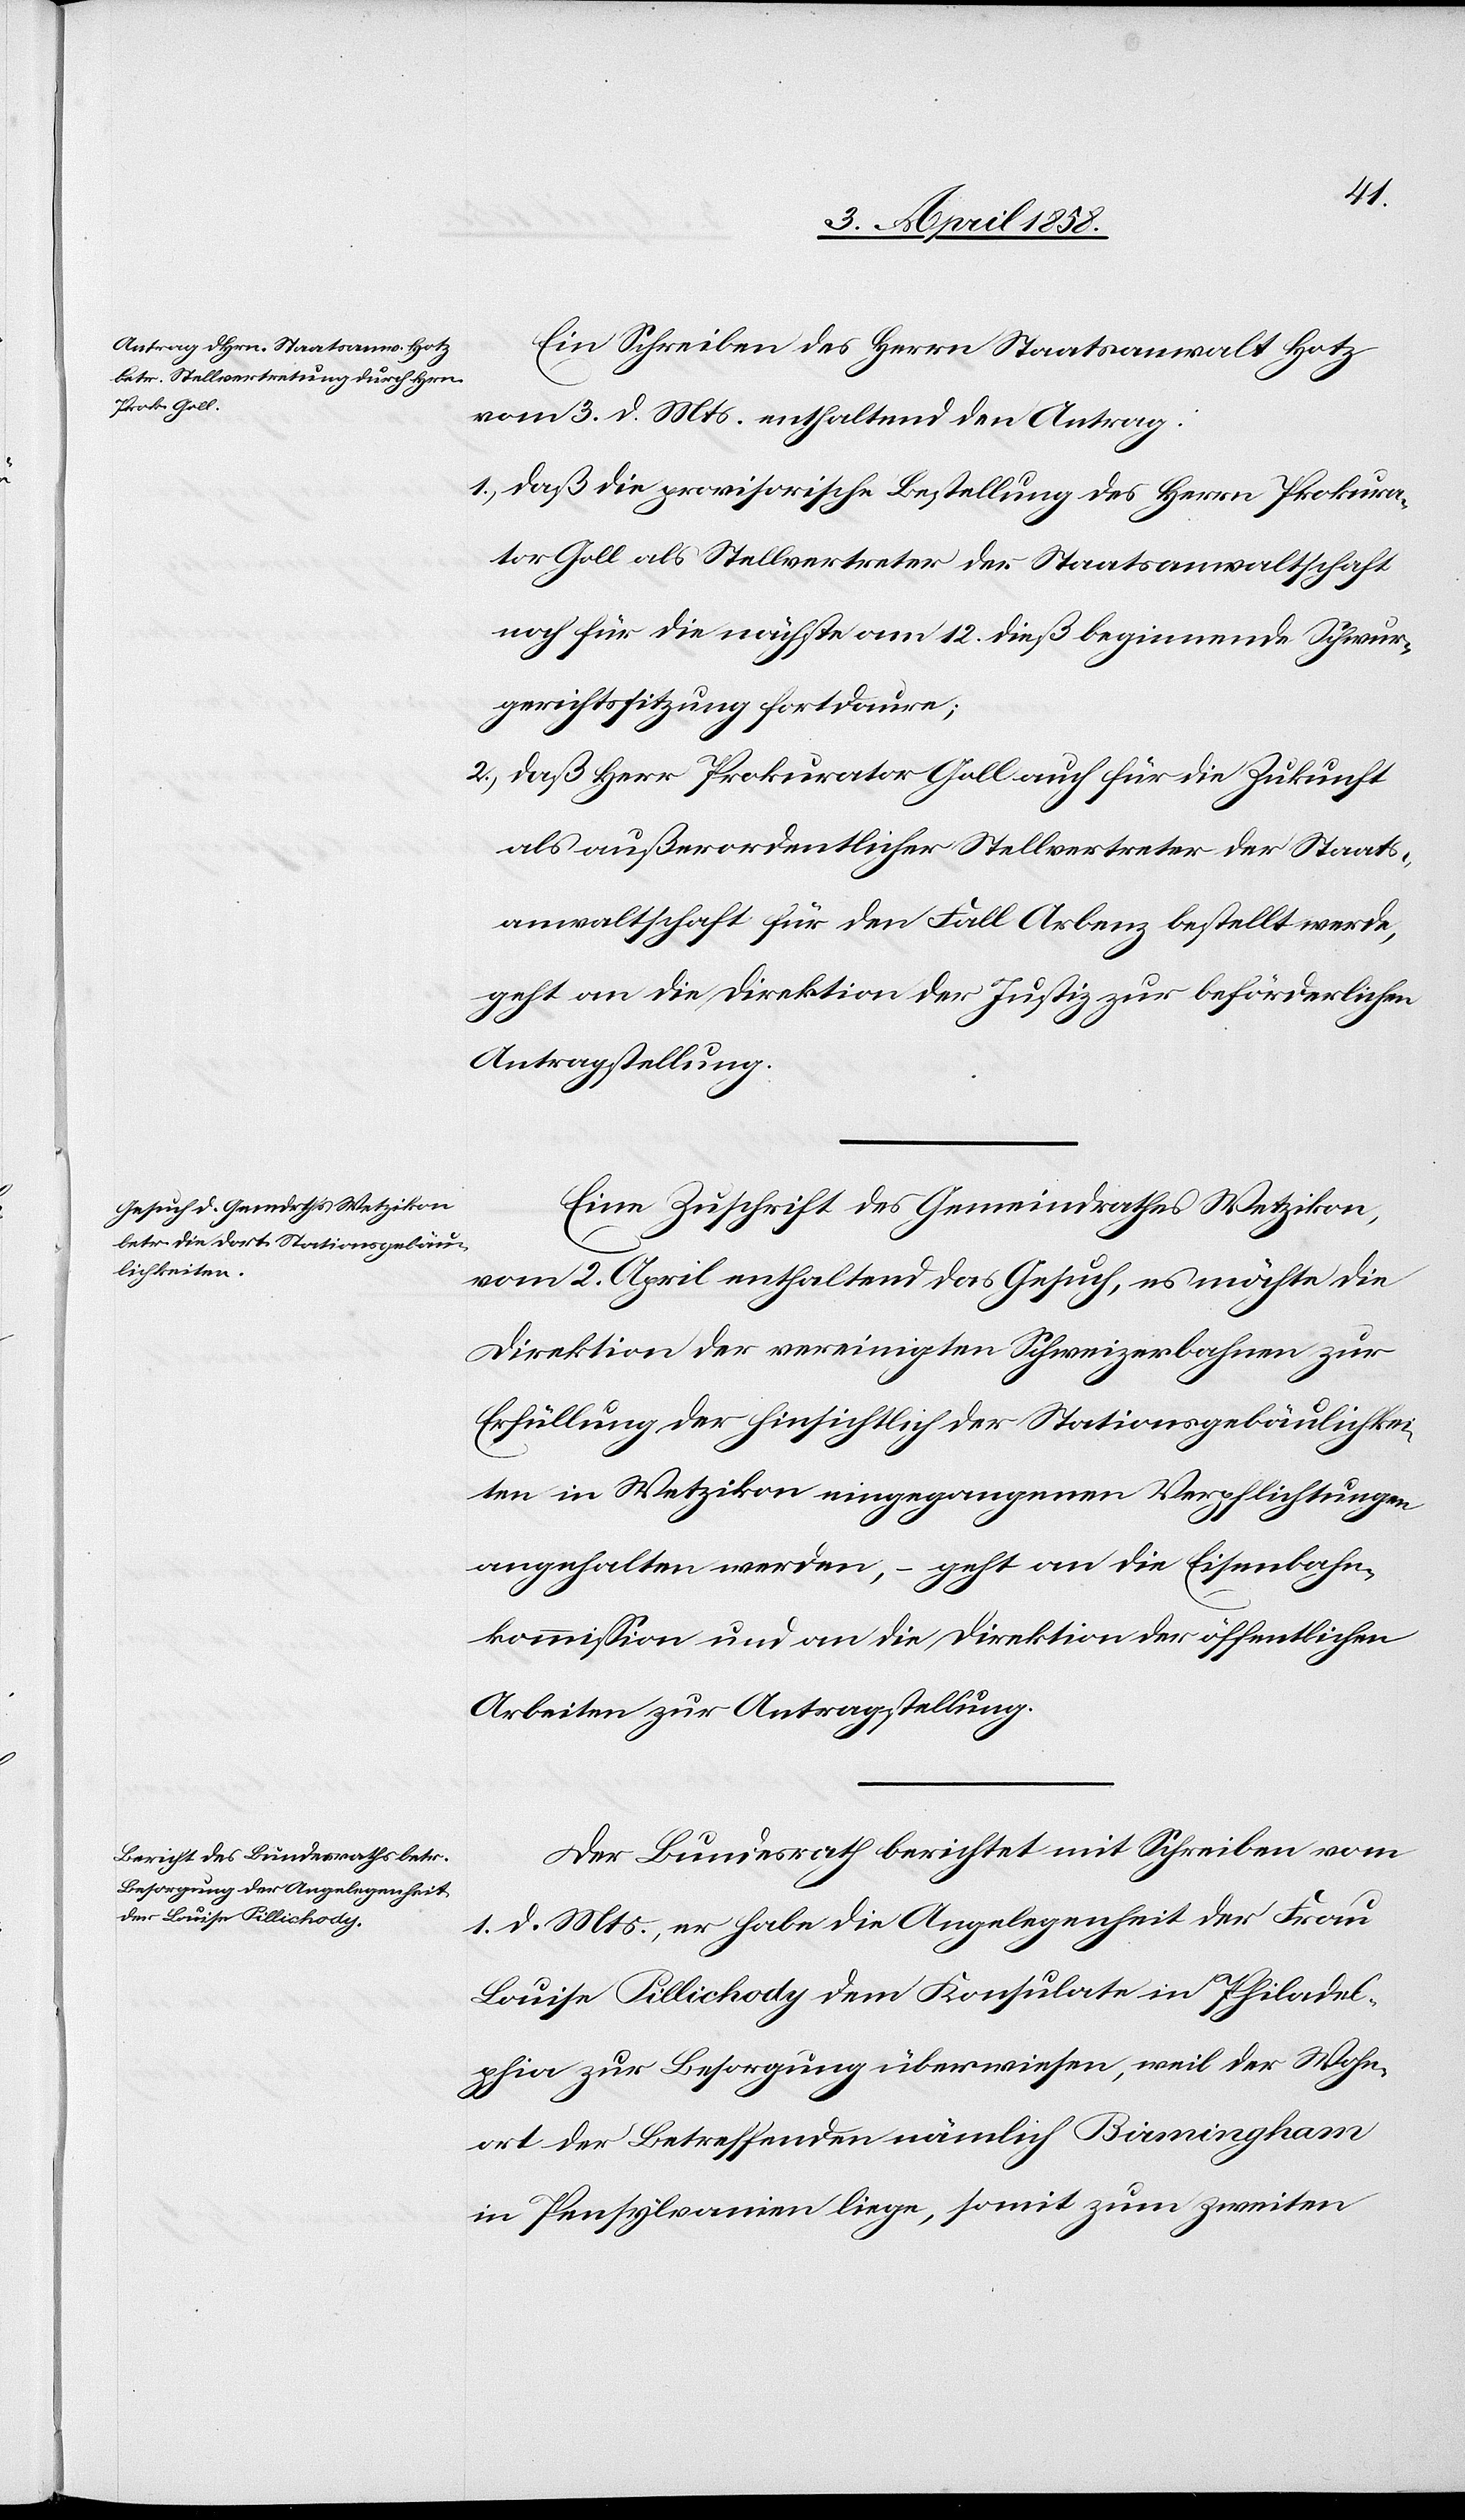
6. April 1858.]
Ein Schreiben des Herrn Staatsanwalt Hotz
vom 3. d. Mts. enthaltend den Antrag:
1.) daß die provisorische Bestellung des Herrn Prokura¬
tor Goll als Stellvertreter der Staatsanwaltschaft
noch für die nächste am 12. dieß beginnende Schwur¬
gerichtssitzung fortdaure;
2.) daß Herr Prokurator Goll auch für die Zukunft
als außerordentlicher Stellvertreter der Staats¬
anwaltschaft für den Fall Arbenz bestellt werde,
geht an die Direktion der Justiz zur beförderlichen
Antragstellung.
Eine Zuschrift des Gemeindrathes Wetzikon,
vom 2. April enthaltend das Gesuch, es möchte die
Direktion der vereinigten Schweizerbahnen zur
Erfüllung der hinsichtlich der Stationsgebäulichkei¬
ten in Wetzikon eingegangenen Verpflichtungen
angehalten werden, geht an die Eisenbahn¬
kommission und an die Direktion der öffentlichen
Arbeiten zur Antragstellung.
Der Bundesrath berichtet mit Schreiben vom
1. d. Mts., er habe die Angelegenheit der Frau
Louise Pillichody dem Konsulate in Philadel¬
phia zur Besorgung überwiesen, weil der Wohn¬
ort der Betreffenden nämlich Birmingham
in Pensylvanien liege, somit zum zweiten